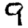
Digit: 9